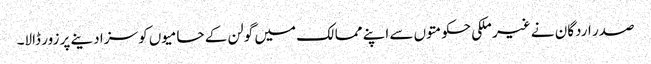
صدر اردگان نے غیر ملکی حکومتوں سے اپنے ممالک میں گولن کے حامیوں کو سزا دینے پر زور ڈالا۔